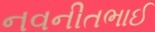
નવનીતભાઈ